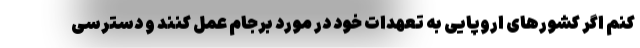
کنم اگر کشورهای اروپایی به تعهدات خود در مورد برجام عمل کنند و دسترسی